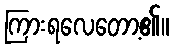
ကြားရလေတော့၏။